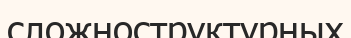
сложноструктурных